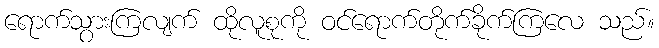
ရောက်သွားကြလျက် ထိုလူစုကို ဝင်ရောက်တိုက်ခိုက်ကြလေ သည်။